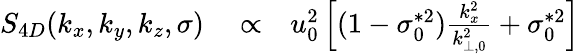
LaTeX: \begin{array}{rlr}{S_{4D}(k_{x},k_{y},k_{z},\sigma)}&{{}\propto}&{u_{0}^{2}\left[(1-\sigma_{0}^{*2})\frac{k_{x}^{2}}{k_{\perp,0}^{2}}+\sigma_{0}^{*2}\right]}\end{array}